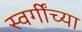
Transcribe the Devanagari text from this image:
स्वर्गींच्या